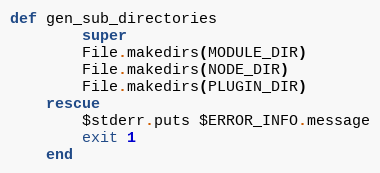
Language: Ruby
def gen_sub_directories
        super
        File.makedirs(MODULE_DIR)
        File.makedirs(NODE_DIR)
        File.makedirs(PLUGIN_DIR)
    rescue
        $stderr.puts $ERROR_INFO.message
        exit 1
    end